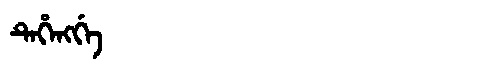
Manchu: ᡨᡝᡥᡝᠩᡤᡝ
Romanization: TEHENGGE